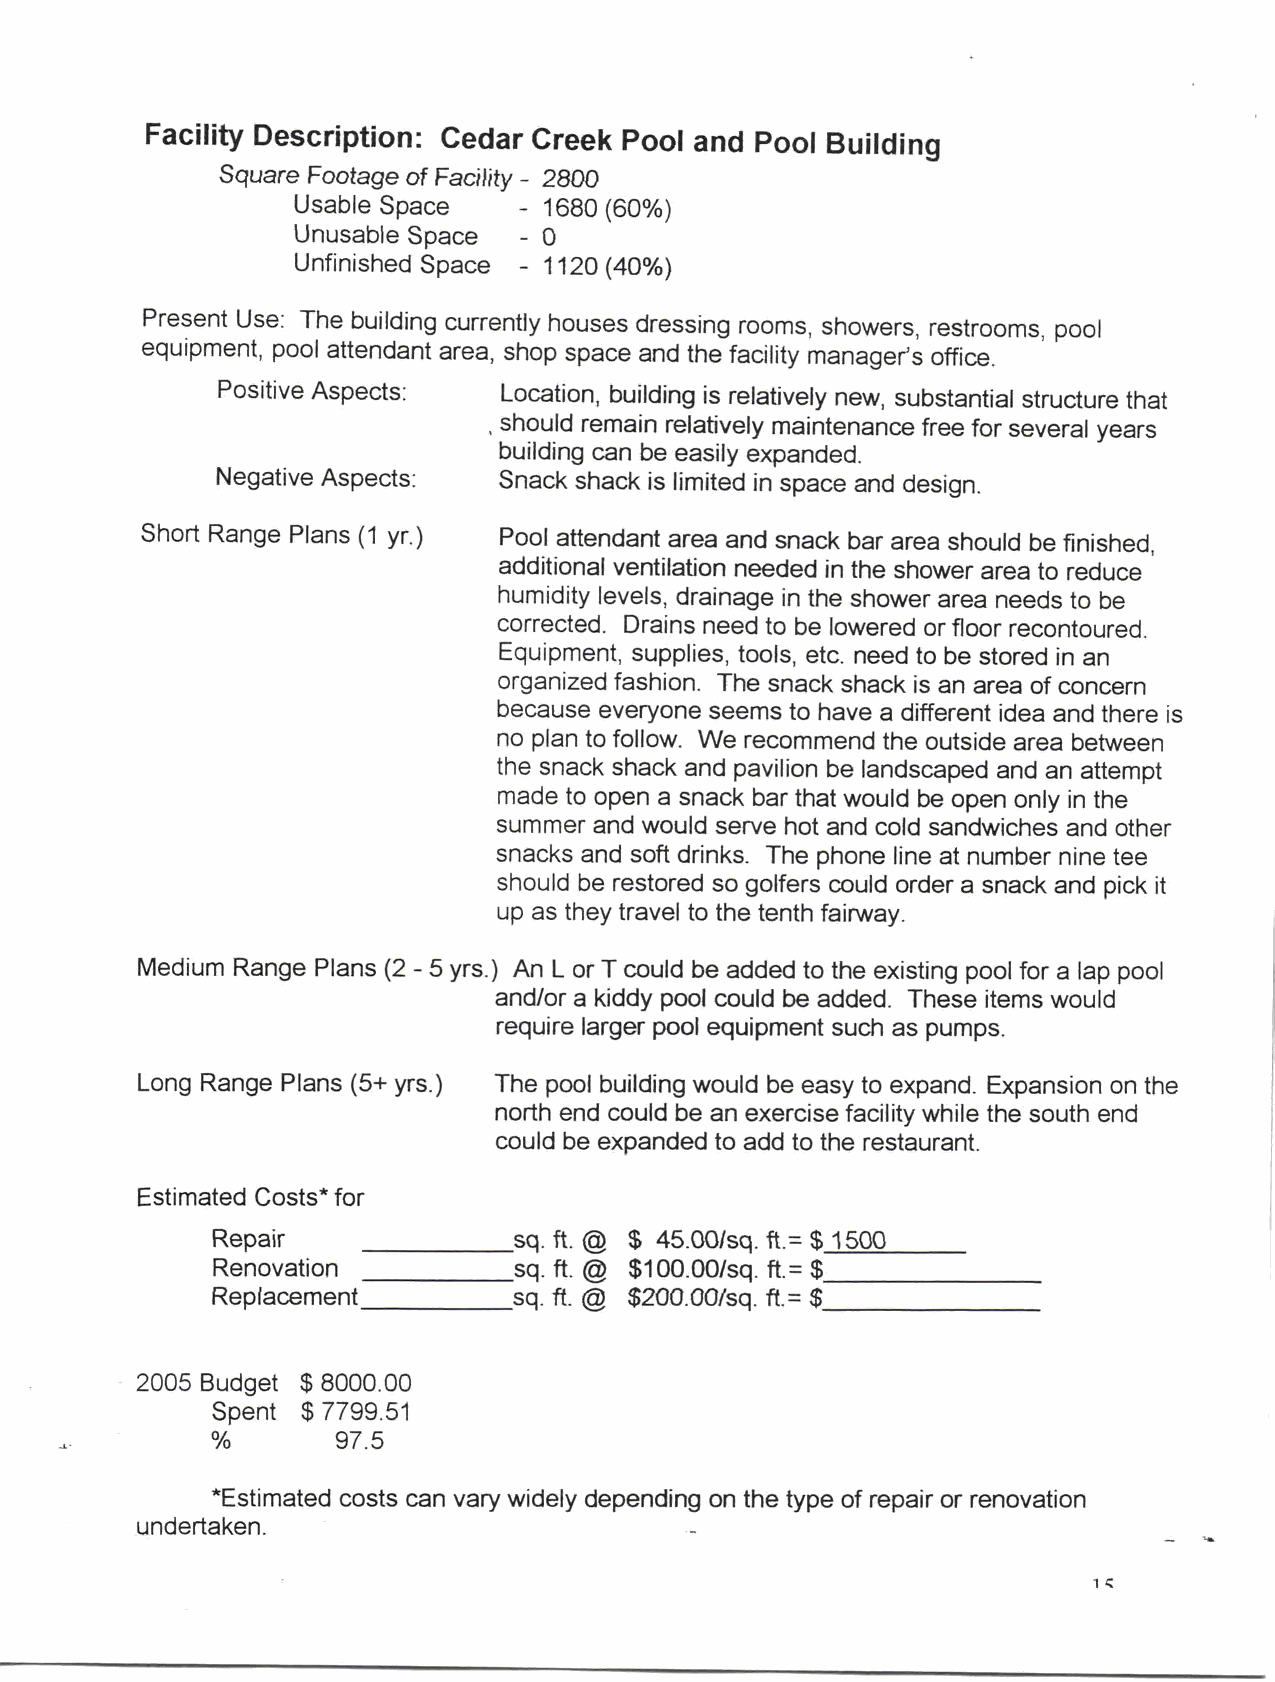
Facility Description Cedar Creek Pool and Pool Building
 Square Footage of Facility 2800
 Usable Space     1680 60
 Unusable Space   0
 Unfinished Space 1120 40
 Present Use The building currently houses dressing rooms showers restrooms pool
 equipment pool attendant area shop space and the facility msanager office
 Positive Aspects   Location building is relatively new substantial structure that
 should remain relatively maintenance free for several years
 building can be easily expanded
 Negative Aspects   Snack shack is limited in space and design
 Short Range Plans 1 yr  Pool attendant area and snack bar area should be finished
 additional ventilation needed in the shower area to reduce
 humidity levels drainage in the shower area needs to be
 corrected Drains need to be lowered or floor recontoured
 Equipment supplies tools etc need to be stored in an
 organized fashion The snack shack is an area of concern
 because everyone seems to have a different idea and there is
 no plan to follow We recommend the outside area between
 the snack shack and pavilion be landscaped and an attempt
 made to open a snack bar that would be open only in the
 summer and would serve hot and cold sandwiches and other
 snacks and soft drinks The phone line at number nine tee
 should be restored so golfers could order a snack and pick it
 up as they travel to the tenth fairway
 Medium Range Plans 2 5 yrs An L or T could be added to the existing pool for a lap pool
 andor a kiddy pool could be added These items would
 require larger pool equipment such as pumps
 Long Range Plans 5 yrs  The pool building would be easy to expand Expansion on the
 north end could be an exercise facility while the south end
 could be expanded to add to the restaurant
 Estimated Costs for
 Repair              sq ft @  40sq50  ft  1500
 Renovation          sq ft @ 10s0q00  ft
 Repiacement         sq if @ 20s0q00  ft
 2005 Budget 800000
 Spent  757919
 957
 Estimated costs can vary widely depending on the type of repair or renovation
 undertaken